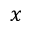
x